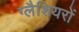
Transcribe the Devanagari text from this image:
ग्लैशियरों